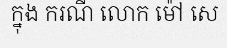
ក្នុង ករណី លោក ម៉ៅ សេ